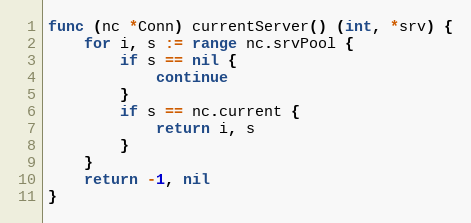
Language: Go
func (nc *Conn) currentServer() (int, *srv) {
	for i, s := range nc.srvPool {
		if s == nil {
			continue
		}
		if s == nc.current {
			return i, s
		}
	}
	return -1, nil
}